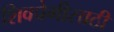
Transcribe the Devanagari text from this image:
शिवप्रेमीसाठी